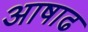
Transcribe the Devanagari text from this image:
अाषाढ